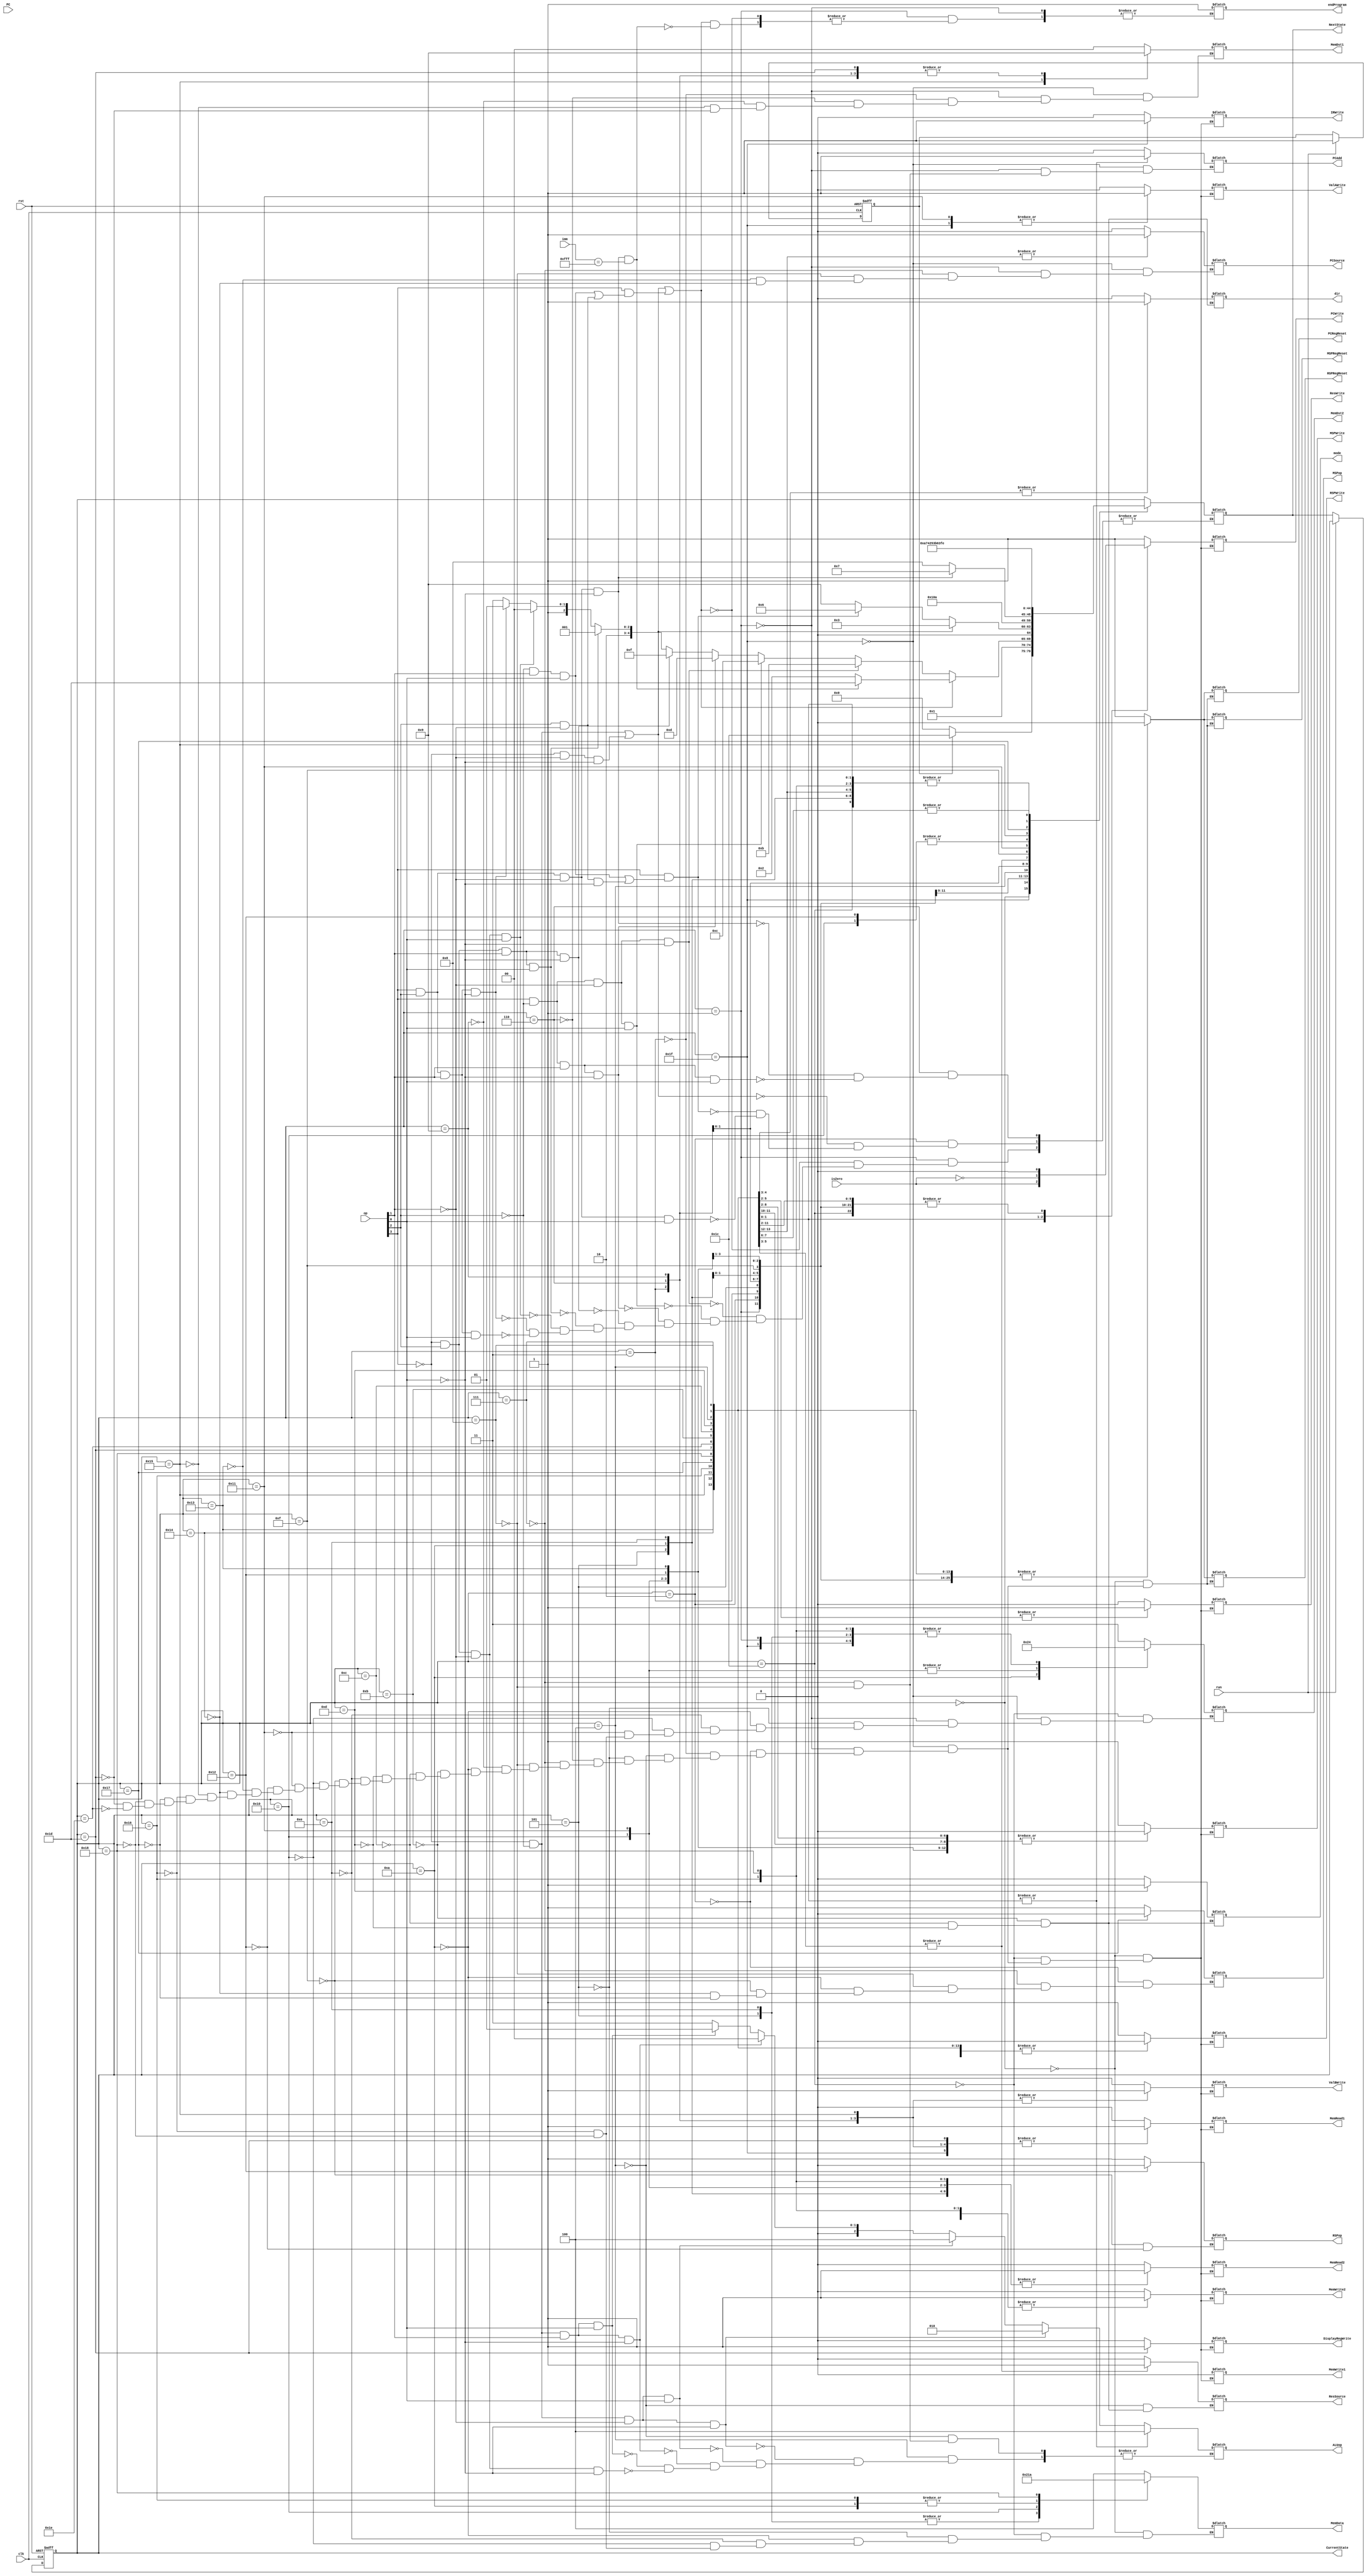
module Control (
	input [3:0]      op,
	input [11:0]     imm,
	input            clk, 
	input            rst,
	input            isZero,
	input [15:0]     PC,
	input            run,
	output reg       PCSource,
	output reg       PCWrite,
	output reg       PCAdd,
	output reg       PCRegReset,
	output reg       MSPop,
	output reg       MSPWrite,
	output reg       MSPRegReset,
	output reg       RSPop,
	output reg       RSPWrite,
	output reg       RSPRegReset,
	output reg       IRWrite,
	output reg       ValAWrite,
	output reg       ValBWrite,
	output reg       ResSource,
	output reg       ResWrite,
	output reg [1:0] MemDst1,
	output reg [1:0] MemDst2,
	output reg [2:0] MemData,
	output reg       MemWrite1,
	output reg       MemWrite2,
	output reg       MemRead1,
	output reg       MemRead2,
	output reg       DisplayRegWrite,
	output reg       dir,
	output reg       mode,
	output reg [2:0] ALUop,
	output reg [4:0] CurrentState = 5'b00000,
	output reg [4:0] NextState,

	output reg       endProgram
);

   reg [15:0]        instructionCount;
   reg               exitedLoad;
	reg					isRunning;
	
	// State Encoding
   parameter 
     State0  = 5'b00000, 
	 State1  = 5'b00001, 
	 State2  = 5'b00010,
	 State3  = 5'b00011,
	 State4  = 5'b00100,
	 State5  = 5'b00101,
	 State6  = 5'b00110,
	 State7  = 5'b00111,
	 State8  = 5'b01000,
	 State9  = 5'b01001,
	 State10 = 5'b01010,
	 State11 = 5'b01011,
	 State12 = 5'b01100,
	 State13 = 5'b01101,
	 State14 = 5'b01110,
	 State15 = 5'b01111,
	 State16 = 5'b10000,
	 State17 = 5'b10001,
	 State18 = 5'b10010,
	 State19 = 5'b10011,
	 State20 = 5'b10100,
	 State21 = 5'b10101,
	 State22 = 5'b10110,
	 State23 = 5'b10111,
	 State24 = 5'b11000,
	 StateInput = 5'b11100,
	 StateDisplay = 5'b11101,
	 StateEnd = 5'b11110,
	 StateLoad = 5'b11111;
	
	initial begin
		instructionCount = 0;
		exitedLoad = 1;
		isRunning <= 0;
		endProgram <= 0;
	end
	
	// Current State Assignment
	always @(posedge rst or posedge clk) begin// or posedge run) begin
	   if (rst) begin
		  CurrentState <= State0;
		  isRunning <= 0;
		end else if (run) begin
			isRunning <= 1;
	   end else begin
		  CurrentState <= NextState;
	   end
	end
	
	// Next State Logic
	always @(CurrentState or op or isRunning) begin
		case (CurrentState)
			State0:	begin
				if (isRunning) begin
					NextState <= StateInput;
				end else begin
					NextState <= State0;
				end
			end
			
			StateInput: begin
				NextState <= StateLoad;
			end
			
			StateLoad: begin
				NextState <= State1;
								
				/*if(PC > 10240 && (PC - 10240) > maxInstructions-1) begin
					$display("Halting execution on instruction %d, with %d instructions executed", (PC - 10240) + 1, instructionCount);
					$finish;
				end*/
				
				if(exitedLoad) begin
					instructionCount = instructionCount + 1;
					exitedLoad = 0;
				end
			end
		
			State1:	begin
				exitedLoad = 1;
				
				//R-type, beq, bne, pop
				if (((!op[3]&&!op[2])||(!op[3]&&!op[1]&&!op[0]))||(op[3]&&((!op[2]&&op[1]&&op[0])||(op[2]&&!op[1])))) begin
					NextState <= State2;
					
					if(op[3] && op[2] && !op[1] && !op[0] && imm == 12'b111111111111) begin
						$display("Halting execution on instruction %d, with %d instructions executed", (PC - 10240) + 1, instructionCount);
						NextState <= StateDisplay;
						endProgram <= 1;
						//$finish;
					end
				end
					
				//sll
				else if (op[3]&&!op[2]&&!op[1]&&!op[0])
					NextState <= State11;
					
				//srl
				else if (op[3]&&!op[2]&&!op[1]&&op[0])
					NextState <= State12;
					
				//sra
				else if (op[3]&&!op[2]&&op[1]&&!op[0])
					NextState <= State13;
					
				//jpush
				else if (!op[3]&&op[2]&&op[1]&&!op[0])
					NextState <= State15;
					
				//jr
				else if (!op[3]&&op[2]&&op[1]&&op[0])
					NextState <= State17;
					
				//jpop
				else if (!op[3]&&op[2]&&!op[1]&&op[0])
					NextState <= State20;
					
				//push
				else if (op[3]&&op[2]&&op[1]&&!op[0])
					NextState <= State21;
					
				//pushi
				else if (op[3]&&op[2]&&op[1]&&op[0])
					NextState <= State23;
				end
				
			State2:	begin
				//R-type
				if ((!op[3]&&!op[2])||(!op[3]&&!op[1]&&!op[0]))
					NextState <= State3;
				
				//beq, bne
				else if (op[3]&&((!op[2]&&op[1]&&op[0])||(op[2]&&!op[1]&&!op[0])))
					NextState <= State6;
					
				//pop
				else if (op[3]&&op[2]&&!op[1]&&op[0])
					NextState <= State9;
				end
				
			State3:	begin
				NextState <= State4;
				end
			State4:	begin
				NextState <= State5;
				end
			State5:	begin
				NextState <= StateLoad;
				end
				
			State6:	begin
				//beq
				if (op[3]&&op[2]&&!op[1]&&!op[0])
					NextState <= State7;
					
				//bne
				else if(op[3]&&!op[2]&&op[1]&&op[0])
					NextState <= State8;
				end
			
			State7:	begin
				NextState <= StateLoad;
				end
			
			State8:	begin
				NextState <= StateLoad;
				end
			
			State9:	begin
				NextState <= State10;
				end
			State10:	begin
				NextState <= StateLoad;
				end
			
			State11:	begin
				NextState <= State14;
				end
			State12:	begin
				NextState <= State14;
				end
			State13:	begin
				NextState <= State14;
				end
			State14:	begin
				NextState <= StateLoad;
				end
			
			State15:	begin
				NextState <= State16;
				end
			State16:	begin
				NextState <= State19;
				end
			
			State17:	begin
				NextState <= State18;
				end
			State18:	begin
				NextState <= State19;
				end
				
			State19:	begin
				NextState <= StateLoad;
				end
				
			State20:	begin
				NextState <= StateLoad;
				end
				
			State21:	begin
				NextState <= State22;
				end
			State22:	begin
				NextState <= StateLoad;
				end
				
			State23:	begin
				NextState <= State24;
				end
			State24:	begin
				NextState <= StateLoad;
				end
				
			StateDisplay: begin
				NextState <= StateEnd;
				end
				
			StateEnd: begin
				NextState <= StateEnd;
				end
				
			default:
				NextState <= CurrentState;
		endcase
	end

	// Output Logic
	always @(CurrentState or isZero) begin
		case (CurrentState)
			State0: begin
				PCWrite <= 1;
				MSPWrite <= 1;
				RSPWrite <= 1;
				IRWrite <= 0;
				ValAWrite <= 0;
				ValBWrite <= 0;
				ResWrite <= 0;
				MemWrite1 <= 0;
				MemWrite2 <= 0;
				MemRead1 <= 0;
				MemRead2 <= 0;
				DisplayRegWrite <= 0;
				
				MSPRegReset <= 1;
				RSPRegReset <= 1;
				PCRegReset <= 1;

				MemData <= 3'b100;
			end
			
			StateInput: begin
				PCWrite <= 0;
				MSPWrite <= 0;
				RSPWrite <= 0;
				IRWrite <= 0;
				ValAWrite <= 0;
				ValBWrite <= 0;
				ResWrite <= 0;
				MemWrite1 <= 0;
				MemWrite2 <= 1;
				MemRead1 <= 0;
				MemRead2 <= 1;
				DisplayRegWrite <= 0;
				
				MemDst2 <= 2'b11;
				MemData <= 3'b100;
			end
			
			StateLoad: begin
				PCWrite <= 1;
				MSPWrite <= 0;
				RSPWrite <= 0;
				IRWrite <= 1;
				ValAWrite <= 1;
				ValBWrite <= 0;
				ResWrite <= 0;
				MemWrite1 <= 0;
				MemWrite2 <= 0;
				MemRead1 <= 1;
				MemRead2 <= 1;
				DisplayRegWrite <= 0;
				
				MSPRegReset <= 0;
				RSPRegReset <= 0;
				PCRegReset <= 0;
				
				MemDst1 <= 2'b00;
				MemDst2 <= 2'b00;
				PCAdd <= 0;
				PCSource <= 0;
				end
			
			State1: begin
				PCWrite <= 0;
				MSPWrite <= 0;
				RSPWrite <= 0;
				IRWrite <= 0;
				ValAWrite <= 0;
				ValBWrite <= 0;
				ResWrite <= 0;
				MemWrite1 <= 0;
				MemWrite2 <= 0;
				MemRead1 <= 0;
				MemRead2 <= 0;
				DisplayRegWrite <= 0;
				
				MSPRegReset <= 0;
				RSPRegReset <= 0;
				PCRegReset <= 0;
				
				MemDst1 <= 2'b00;
				MemDst2 <= 2'b00;
				PCAdd <= 0;
				PCSource <= 0;
				end
			
			State2: begin
				PCWrite <= 0;
				MSPWrite <= 1;
				RSPWrite <= 0;
				IRWrite <= 0;
				ValAWrite <= 0;
				ValBWrite <= 0;
				ResWrite <= 0;
				MemWrite1 <= 0;
				MemWrite2 <= 0;
				MemRead1 <= 0;
				MemRead2 <= 0;
				DisplayRegWrite <= 0;
				
				MSPRegReset <= 0;
				RSPRegReset <= 0;
				PCRegReset <= 0;
				
				MSPop <= 1;
				end
			
			State3: begin
				PCWrite <= 0;
				MSPWrite <= 0;
				RSPWrite <= 0;
				IRWrite <= 0;
				ValAWrite <= 0;
				ValBWrite <= 1;
				ResWrite <= 0;
				MemWrite1 <= 0;
				MemWrite2 <= 0;
				MemRead1 <= 1;
				MemRead2 <= 0;
				DisplayRegWrite <= 0;
				
				MSPRegReset <= 0;
				RSPRegReset <= 0;
				PCRegReset <= 0;
				
				MemDst1 <= 2'b01;
				end
			
			State4: begin
				PCWrite <= 0;
				MSPWrite <= 0;
				RSPWrite <= 0;
				IRWrite <= 0;
				ValAWrite <= 0;
				ValBWrite <= 0;
				ResWrite <= 1;
				MemWrite1 <= 0;
				MemWrite2 <= 0;
				MemRead1 <= 0;
				MemRead2 <= 0;
				DisplayRegWrite <= 0;
				
				MSPRegReset <= 0;
				RSPRegReset <= 0;
				PCRegReset <= 0;
				
				ResSource <= 0;
				//add
				if (!op[3]&&!op[2]&&!op[1]&&!op[0])
					ALUop <= 3'b010;
				//sub
				else if (!op[3]&&!op[2]&&!op[1]&&op[0])
					ALUop <= 3'b100;
				//and
				else if (!op[3]&&!op[2]&&op[1]&&!op[0])
					ALUop <= 3'b000;
				//or
				else if (!op[3]&&!op[2]&&op[1]&&op[0])
					ALUop <= 3'b001;
				//slt
				else if (!op[3]&&op[2]&&!op[1]&&!op[0])
					ALUop <= 3'b011;
				end
				
			State5: begin
				PCWrite <= 0;
				MSPWrite <= 0;
				RSPWrite <= 0;
				IRWrite <= 0;
				ValAWrite <= 0;
				ValBWrite <= 0;
				ResWrite <= 0;
				MemWrite1 <= 0;
				MemWrite2 <= 1;
				MemRead1 <= 0;
				MemRead2 <= 1;
				DisplayRegWrite <= 0;
				
				MSPRegReset <= 0;
				RSPRegReset <= 0;
				PCRegReset <= 0;
				
				MemDst2 <= 2'b00;
				MemData <= 3'b001;
				end
				
			State6: begin
				PCWrite <= 0;
				MSPWrite <= 0;
				RSPWrite <= 0;
				IRWrite <= 0;
				ValAWrite <= 0;
				ValBWrite <= 1;
				ResWrite <= 0;
				MemWrite1 <= 0;
				MemWrite2 <= 0;
				MemRead1 <= 1;
				MemRead2 <= 0;
				DisplayRegWrite <= 0;
				
				MSPRegReset <= 0;
				RSPRegReset <= 0;
				PCRegReset <= 0;
				
				MemDst1 <=2'b01;
				end
				
			State7: begin
				PCWrite <= isZero;
				MSPWrite <= 1;
				RSPWrite <= 0;
				IRWrite <= 0;
				ValAWrite <= 0;
				ValBWrite <= 0;
				ResWrite <= 0;
				MemWrite1 <= 0;
				MemWrite2 <= 0;
				MemRead1 <= 0;
				MemRead2 <= 0;
				DisplayRegWrite <= 0;
				
				MSPRegReset <= 0;
				RSPRegReset <= 0;
				PCRegReset <= 0;
				
				MSPop <= 1;
				ALUop <= 3'b100;
				PCAdd <= 1;
				PCSource <= 0;
				end
			
			State8: begin
				PCWrite <= !isZero;
				MSPWrite <= 1;
				RSPWrite <= 0;
				IRWrite <= 0;
				ValAWrite <= 0;
				ValBWrite <= 0;
				ResWrite <= 0;
				MemWrite1 <= 0;
				MemWrite2 <= 0;
				MemRead1 <= 0;
				MemRead2 <= 0;
				DisplayRegWrite <= 0;
				
				MSPRegReset <= 0;
				RSPRegReset <= 0;
				PCRegReset <= 0;
				
				MSPop <= 1;
				ALUop <= 3'b100;
				PCAdd <= 1;
				PCSource <= 0;
				end
			
			State9: begin
				PCWrite <= 0;
				MSPWrite <= 0;
				RSPWrite <= 0;
				IRWrite <= 0;
				ValAWrite <= 0;
				ValBWrite <= 1;
				ResWrite <= 0;
				MemWrite1 <= 0;
				MemWrite2 <= 0;
				MemRead1 <= 1;
				MemRead2 <= 0;
				DisplayRegWrite <= 0;
				
				MSPRegReset <= 0;
				RSPRegReset <= 0;
				PCRegReset <= 0;
				
				MemDst1 <= 2'b01;
				end
			
			State10: begin
				PCWrite <= 0;
				MSPWrite <= 1;
				RSPWrite <= 0;
				IRWrite <= 0;
				ValAWrite <= 0;
				ValBWrite <= 0;
				ResWrite <= 0;
				MemWrite1 <= 0;
				MemWrite2 <= 1;
				MemRead1 <= 0;
				MemRead2 <= 1;
				DisplayRegWrite <= 0;
				
				MSPRegReset <= 0;
				RSPRegReset <= 0;
				PCRegReset <= 0;
				
				MemDst2 <= 2'b10;
				MemData <= 3'b011;
				MSPop <= 1;
				end
				
			State11: begin
				PCWrite <= 0;
				MSPWrite <= 0;
				RSPWrite <= 0;
				IRWrite <= 0;
				ValAWrite <= 0;
				ValBWrite <= 0;
				ResWrite <= 1;
				MemWrite1 <= 0;
				MemWrite2 <= 0;
				MemRead1 <= 0;
				MemRead2 <= 0;
				DisplayRegWrite <= 0;
				
				MSPRegReset <= 0;
				RSPRegReset <= 0;
				PCRegReset <= 0;

				dir <= 0;
				mode <= 0;
				ResSource <= 1;
				end

			State12: begin
				PCWrite <= 0;
				MSPWrite <= 0;
				RSPWrite <= 0;
				IRWrite <= 0;
				ValAWrite <= 0;
				ValBWrite <= 0;
				ResWrite <= 1;
				MemWrite1 <= 0;
				MemWrite2 <= 0;
				MemRead1 <= 0;
				MemRead2 <= 0;
				DisplayRegWrite <= 0;
				
				MSPRegReset <= 0;
				RSPRegReset <= 0;
				PCRegReset <= 0;

				dir <= 1;
				mode <= 0;
				ResSource <= 1;
				end

			State13: begin
				PCWrite <= 0;
				MSPWrite <= 0;
				RSPWrite <= 0;
				IRWrite <= 0;
				ValAWrite <= 0;
				ValBWrite <= 0;
				ResWrite <= 1;
				MemWrite1 <= 0;
				MemWrite2 <= 0;
				MemRead1 <= 0;
				MemRead2 <= 0;
				DisplayRegWrite <= 0;
				
				MSPRegReset <= 0;
				RSPRegReset <= 0;
				PCRegReset <= 0;

				dir <= 1;
				mode <= 1;
				ResSource <= 1;
				end

			State14: begin
				PCWrite <= 0;
				MSPWrite <= 0;
				RSPWrite <= 0;
				IRWrite <= 0;
				ValAWrite <= 0;
				ValBWrite <= 0;
				ResWrite <= 0;
				MemWrite1 <= 0;
				MemWrite2 <= 1;
				MemRead1 <= 0;
				MemRead2 <= 1;
				DisplayRegWrite <= 0;
				
				MSPRegReset <= 0;
				RSPRegReset <= 0;
				PCRegReset <= 0;

				MemDst2 <= 2'b00;
				MemData <= 3'b001;
				end

			State15: begin
				PCWrite <= 0;
				MSPWrite <= 1;
				RSPWrite <= 1;
				IRWrite <= 0;
				ValAWrite <= 0;
				ValBWrite <= 0;
				ResWrite <= 0;
				MemWrite1 <= 0;
				MemWrite2 <= 0;
				MemRead1 <= 0;
				MemRead2 <= 0;
				DisplayRegWrite <= 0;
				
				MSPRegReset <= 0;
				RSPRegReset <= 0;
				PCRegReset <= 0;

				MSPop <= 1;
				RSPop <= 1;
				end

			State16: begin
				PCWrite <= 0;
				MSPWrite <= 0;
				RSPWrite <= 0;
				IRWrite <= 0;
				ValAWrite <= 0;
				ValBWrite <= 0;
				ResWrite <= 0;
				MemWrite1 <= 0;
				MemWrite2 <= 1;
				MemRead1 <= 0;
				MemRead2 <= 1;
				DisplayRegWrite <= 0;
				
				MSPRegReset <= 0;
				RSPRegReset <= 0;
				PCRegReset <= 0;

				MemDst2 <= 2'b01;
				MemData <= 3'b000;
				end

			State17: begin
				PCWrite <= 0;
				MSPWrite <= 0;
				RSPWrite <= 0;
				IRWrite <= 0;
				ValAWrite <= 1;
				ValBWrite <= 0;
				ResWrite <= 0;
				MemWrite1 <= 0;
				MemWrite2 <= 0;
				MemRead1 <= 0;
				MemRead2 <= 1;
				DisplayRegWrite <= 0;
				
				MSPRegReset <= 0;
				RSPRegReset <= 0;
				PCRegReset <= 0;

				MemDst2 <= 2'b01;
				end

			State18: begin
				PCWrite <= 0;
				MSPWrite <= 0;
				RSPWrite <= 1;
				IRWrite <= 0;
				ValAWrite <= 0;
				ValBWrite <= 0;
				ResWrite <= 0;
				MemWrite1 <= 0;
				MemWrite2 <= 0;
				MemRead1 <= 0;
				MemRead2 <= 0;
				DisplayRegWrite <= 0;
				
				MSPRegReset <= 0;
				RSPRegReset <= 0;
				PCRegReset <= 0;

				RSPop <= 0;
				end

			State19: begin
				PCWrite <= 1;
				MSPWrite <= 0;
				RSPWrite <= 0;
				IRWrite <= 0;
				ValAWrite <= 0;
				ValBWrite <= 0;
				ResWrite <= 0;
				MemWrite1 <= 0;
				MemWrite2 <= 0;
				MemRead1 <= 0;
				MemRead2 <= 0;
				DisplayRegWrite <= 0;
				
				MSPRegReset <= 0;
				RSPRegReset <= 0;
				PCRegReset <= 0;

				PCSource <= 1;
				end

			State20: begin
				PCWrite <= 1;
				MSPWrite <= 1;
				RSPWrite <= 0;
				IRWrite <= 0;
				ValAWrite <= 0;
				ValBWrite <= 0;
				ResWrite <= 0;
				MemWrite1 <= 0;
				MemWrite2 <= 0;
				MemRead1 <= 0;
				MemRead2 <= 0;
				DisplayRegWrite <= 0;
				
				MSPRegReset <= 0;
				RSPRegReset <= 0;
				PCRegReset <= 0;

				MSPop <= 1;
				PCSource <= 1;
				end

			State21: begin
				PCWrite <= 0;
				MSPWrite <= 0;
				RSPWrite <= 0;
				IRWrite <= 0;
				ValAWrite <= 0;
				ValBWrite <= 1;
				ResWrite <= 0;
				MemWrite1 <= 0;
				MemWrite2 <= 0;
				MemRead1 <= 1;
				MemRead2 <= 0;
				DisplayRegWrite <= 0;
				
				MSPRegReset <= 0;
				RSPRegReset <= 0;
				PCRegReset <= 0;

				MemDst1 <= 2'b10;
				end

			State22: begin
				PCWrite <= 0;
				MSPWrite <= 0;
				RSPWrite <= 0;
				IRWrite <= 0;
				ValAWrite <= 0;
				ValBWrite <= 0;
				ResWrite <= 0;
				MemWrite1 <= 0;
				MemWrite2 <= 1;
				MemRead1 <= 0;
				MemRead2 <= 1;
				DisplayRegWrite <= 0;
				
				MSPRegReset <= 0;
				RSPRegReset <= 0;
				PCRegReset <= 0;

				MemDst2 <= 2'b00;
				MemData <= 3'b011;
				end

			State23: begin
				PCWrite <= 0;
				MSPWrite <= 1;
				RSPWrite <= 0;
				IRWrite <= 0;
				ValAWrite <= 0;
				ValBWrite <= 0;
				ResWrite <= 0;
				MemWrite1 <= 0;
				MemWrite2 <= 0;
				MemRead1 <= 0;
				MemRead2 <= 0;
				DisplayRegWrite <= 0;
				
				MSPRegReset <= 0;
				RSPRegReset <= 0;
				PCRegReset <= 0;

				MSPop <= 0;
				end

			State24: begin
				PCWrite <= 0;
				MSPWrite <= 0;
				RSPWrite <= 0;
				IRWrite <= 0;
				ValAWrite <= 0;
				ValBWrite <= 0;
				ResWrite <= 0;
				MemWrite1 <= 0;
				MemWrite2 <= 1;
				MemRead1 <= 0;
				MemRead2 <= 1;
				DisplayRegWrite <= 0;
				
				MSPRegReset <= 0;
				RSPRegReset <= 0;
				PCRegReset <= 0;

				MemDst2 <= 2'b00;
				MemData <= 3'b010;
				end
				
			StateDisplay: begin
				PCWrite <= 0;
				MSPWrite <= 0;
				RSPWrite <= 0;
				IRWrite <= 0;
				ValAWrite <= 0;
				ValBWrite <= 0;
				ResWrite <= 0;
				MemWrite1 <= 0;
				MemWrite2 <= 0;
				MemRead1 <= 1;
				MemRead2 <= 0;
				DisplayRegWrite <= 1;
				
				MSPRegReset <= 0;
				RSPRegReset <= 0;
				PCRegReset <= 0;
				
				MemDst1 <= 01;
			end
			
			StateEnd: begin
				PCWrite <= 0;
				MSPWrite <= 0;
				RSPWrite <= 0;
				IRWrite <= 0;
				ValAWrite <= 0;
				ValBWrite <= 0;
				ResWrite <= 0;
				MemWrite1 <= 0;
				MemWrite2 <= 0;
				MemRead1 <= 0;
				MemRead2 <= 0;
				DisplayRegWrite <= 0;
				
				MSPRegReset <= 0;
				RSPRegReset <= 0;
				PCRegReset <= 0;
			end
			
		endcase
	end
endmodule